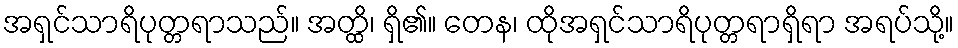
အရှင်သာရိပုတ္တရာသည်။ အတ္ထိ၊ ရှိ၏။ တေန၊ ထိုအရှင်သာရိပုတ္တရာရှိရာ အရပ်သို့။